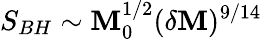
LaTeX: S_{BH}\sim\mathbf{M}_{0}^{1/2}(\delta\mathbf{M})^{9/14}